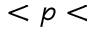
< p <